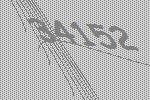
34152